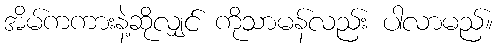
အိမ်ကကားနဲ့ဆိုလျှင် ကိုသာမန်လည်း ပါလာမည်။